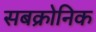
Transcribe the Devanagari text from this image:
सबक्रोनिक